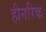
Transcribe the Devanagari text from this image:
हीनरिक